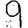
Digit: 9